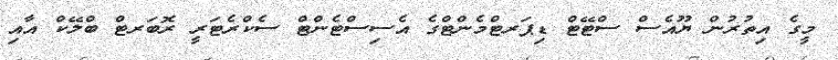
މީގެ އިތުރުން ޔޫއެސް ސްޓޭޓް ޑިޕަރޓްމެންޓްގެ އެސިސްޓެންޓް ސެކްރެޓަރީ ރޮބަރޓް ބްލޭކް އާއި